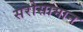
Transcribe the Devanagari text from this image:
सरोसामान